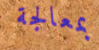
بمعالجة